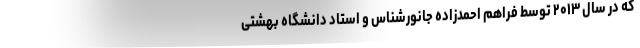
که در سال ۲۰۱۳ توسط فراهم احمدزاده جانورشناس و استاد دانشگاه بهشتی